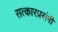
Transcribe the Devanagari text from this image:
सत्कारप्रसंगी